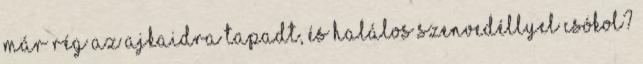
már rég az ajkaidra tapadt, és halálos szenvedéllyel csókol?